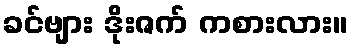
ခင်ဗျား ဒိုးဇက် ကစားလား။